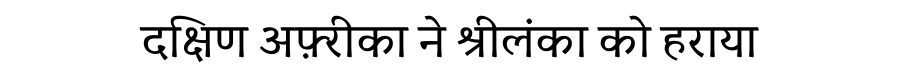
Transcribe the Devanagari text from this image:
दक्षिण अफ़्रीका ने श्रीलंका को हराया